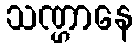
သဏ္ဌာနေ